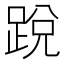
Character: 𨁑